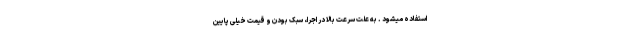
استفاده میشود . به علت سرعت بالا در اجرا، سبک بودن و قیمت خیلی پایین